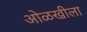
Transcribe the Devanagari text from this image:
ओळखीला